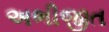
અભીજીત